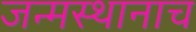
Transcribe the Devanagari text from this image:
जन्मस्थानाच